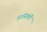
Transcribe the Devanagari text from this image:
प्रशंसकॊं